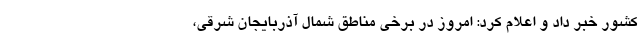
کشور خبر داد و اعلام کرد: امروز در برخی مناطق شمال آذربایجان شرقی،